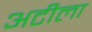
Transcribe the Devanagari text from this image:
अटीला